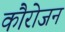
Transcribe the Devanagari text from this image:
कौरोजन